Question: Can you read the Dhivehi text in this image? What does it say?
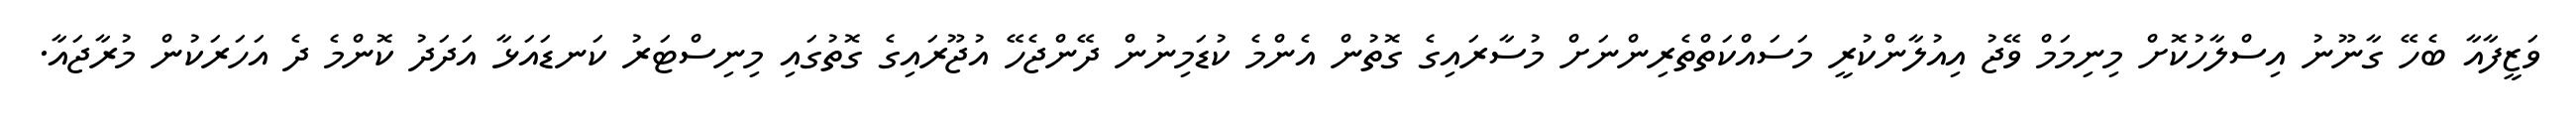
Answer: ވަޒީފާއާ ބެހޭ ގާނޫނު އިސްލާހުކޮށް މިނިމަމް ވޭޖު އިއުލާންކުރީ މަސައްކަތްތެރިންނަށް މުސާރައިގެ ގޮތުން އެންމެ ކުޑަމިނުން ދޭންޖެހޭ އުޖޫރައިގެ ގޮތުގައި މިނިސްޓަރު ކަނޑައަޅާ އަދަދު ކޮންމެ ދެ އަހަރަކުން މުރާޖައާ.